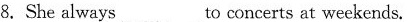
8.She always___to concerts at weekends.